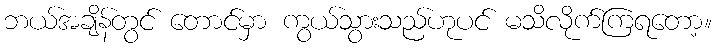
ဘယ်အချိန်တွင် တောင်မှာ ကွယ်သွားသည်ဟုပင် မသိလိုက်ကြရတော့။